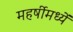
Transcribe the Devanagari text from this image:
महर्षीमध्यें